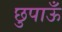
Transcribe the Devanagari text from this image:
छुपाऊँ